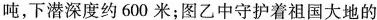
吨，下潜深度约600米；图乙中守护着祖国大地的